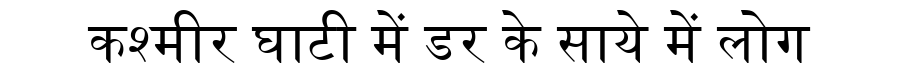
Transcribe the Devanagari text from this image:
कश्मीर घाटी में डर के साये में लोग